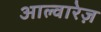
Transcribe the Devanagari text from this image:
आल्वारेज़